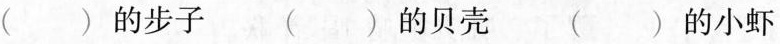
()的步子 ()的贝壳 ()的小虾